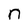
Character: n